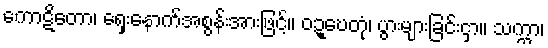
ကောဋိတော၊ ရှေးနောက်အစွန်းအားဖြင့်။ ဝဍ္ဎေတုံ၊ ပွားများခြင်းငှာ။ သက္ကာ၊